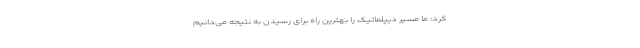
کرد: ما مسیر دیپلماتیک را بهترین راه برای رسیدن به نتیجه می‌دانیم